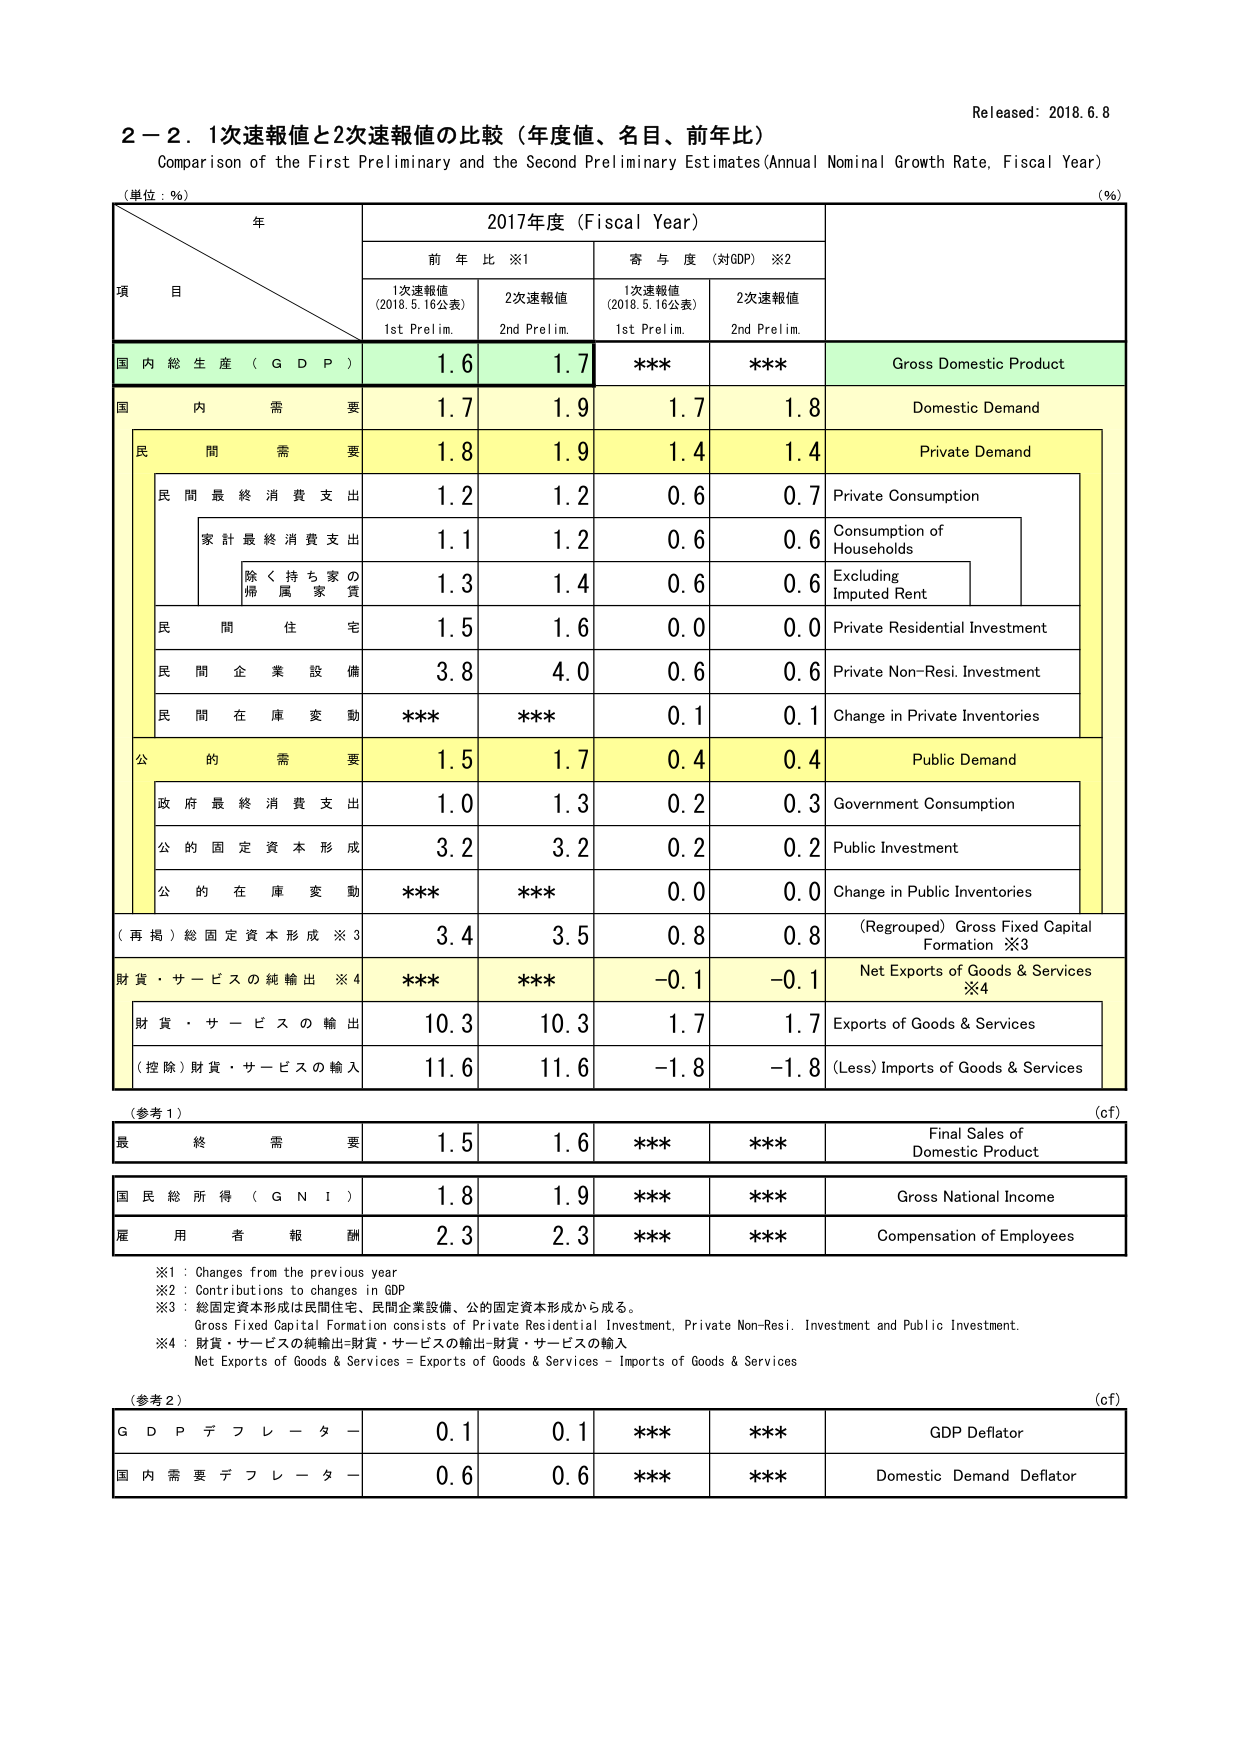
Released: 2018.6.8
２－２．１次速報値と２次速報値の比較（年度値、名目、前年比）
Comparison of the First Preliminary and the Second Preliminary Estimates (Annual Nominal Growth Rate, Fiscal Year)
(単位：％)
(%)
年
2017年度（Fiscal Year）
項 目
前 年 比 ※1
寄 与 度（対GDP）※2
1次速報値
(2018.5.16公表)
1st Prelim.
2次速報値
2nd Prelim.
1次速報値
(2018.5.16公表)
1st Prelim.
2次速報値
2nd Prelim.
国 内 総 生 産 （ G D P ）
1.6
1.7
***
***
Gross Domestic Product
国 内 需 要
1.7
1.9
1.7
1.8
Domestic Demand
民 間 需 要
1.8
1.9
1.4
1.4
Private Demand
民 間 最 終 消 費 支 出
1.2
1.2
0.6
0.7
Private Consumption
家 計 最 終 消 費 支 出
1.1
1.2
0.6
0.6
Consumption of Households
除 く 持 ち 家 の 持 属 家 賃
1.3
1.4
0.6
0.6
Excluding Imputed Rent
民 間 住 宅
1.5
1.6
0.0
0.0
Private Residential Investment
民 間 企 業 設 備
3.8
4.0
0.6
0.6
Private Non-Resi. Investment
民 間 在 庫 変 動
***
***
0.1
0.1
Change in Private Inventories
公 的 需 要
1.5
1.7
0.4
0.4
Public Demand
政 府 最 終 消 費 支 出
1.0
1.3
0.2
0.3
Government Consumption
公 的 固 定 資 本 形 成
3.2
3.2
0.2
0.2
Public Investment
公 的 在 庫 変 動
***
***
0.0
0.0
Change in Public Inventories
（再掲）総固定資本形成 ※3
3.4
3.5
0.8
0.8
（Regrouped）Gross Fixed Capital Formation ※3
財 貨 ・ サ ー ビ ス の 純 輸 出 ※4
***
***
-0.1
-0.1
Net Exports of Goods & Services ※4
財 貨 ・ サ ー ビ ス の 輸 出
10.3
10.3
1.7
1.7
Exports of Goods & Services
（控除）財貨・サービスの輸入
11.6
11.6
-1.8
-1.8
(Less) Imports of Goods & Services
（参考１）
(cf)
最 終 需 要
1.5
1.6
***
***
Final Sales of Domestic Product
国 民 総 所 得 （ G N I ）
1.8
1.9
***
***
Gross National Income
雇 用 者 報 酬
2.3
2.3
***
***
Compensation of Employees
※1：Changes from the previous year
※2：Contributions to changes in GDP
※3：総固定資本形成は民間住宅、民間企業設備、公的固定資本形成から成る。
Gross Fixed Capital Formation consists of Private Residential Investment, Private Non-Resi. Investment and Public Investment.
※4：財貨・サービスの純輸出＝財貨・サービスの輸出－財貨・サービスの輸入
Net Exports of Goods & Services = Exports of Goods & Services – Imports of Goods & Services
（参考２）
(cf)
G D P デ フ レ ー タ ー
0.1
0.1
***
***
GDP Deflator
国 内 需 要 デ フ レ ー タ ー
0.6
0.6
***
***
Domestic Demand Deflator